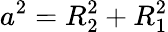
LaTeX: a^{2}=R_{2}^{2}+R_{1}^{2}